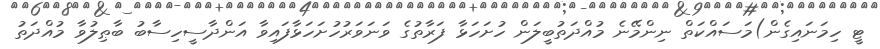
ޓީ ހިމަނައިގެން)މަސައްކަތް ނިންމޭނެ މުއްދަތުބީލަން ހުށަހަޅާ ފަރާތުގެ ވަނަވަރުހުށަހަޅާފައިވާ އަންދާސީހިސާބު ބާޠިލުވާ މުއްދަތު